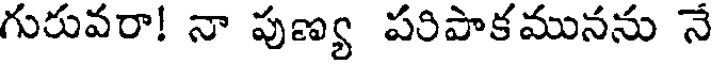
గురువరా! నా పుణ్య పరిపాకమునను నే